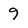
Character: 9